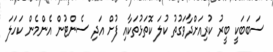
ސަބަބަކީ ބީރު ކުރިއަށްދާވަގުތު ކުލަ ކޮތަޅުތަކާއި ފުށް އަދި ސެންޓުން އެންމެން ކަހަލަ